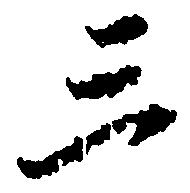
三